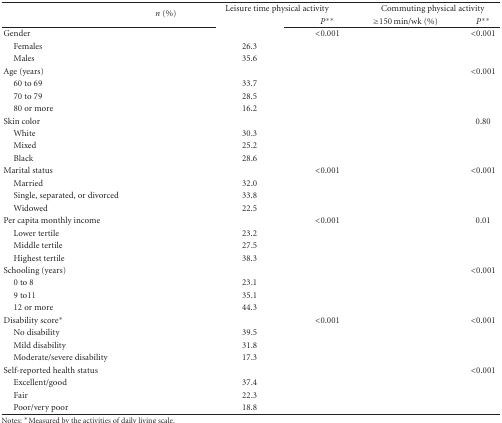
<table><thead><tr><td rowspan="2">[EMPTY_CELL]</td><td rowspan="2"><b><i>n</i> (%)</b></td><td colspan="2"><b>Leisure time physical activity</b></td><td colspan="2"><b>Commuting physical activity</b></td></tr><tr><td>[EMPTY_CELL]</td><td><b><i>P</i>**</b></td><td><b>≥150 min/wk (%)</b></td><td><b><i>P</i>**</b></td></tr></thead><tbody><tr><td>Gender</td><td>[EMPTY_CELL]</td><td>[EMPTY_CELL]</td><td>&lt;0.001</td><td>[EMPTY_CELL]</td><td>&lt;0.001</td></tr><tr><td> Females</td><td>[EMPTY_CELL]</td><td>26.3</td><td>[EMPTY_CELL]</td><td>[EMPTY_CELL]</td><td>[EMPTY_CELL]</td></tr><tr><td> Males</td><td>[EMPTY_CELL]</td><td>35.6</td><td>[EMPTY_CELL]</td><td>[EMPTY_CELL]</td><td>[EMPTY_CELL]</td></tr><tr><td>Age (years)</td><td>[EMPTY_CELL]</td><td>[EMPTY_CELL]</td><td>[EMPTY_CELL]</td><td>[EMPTY_CELL]</td><td>&lt;0.001</td></tr><tr><td> 60 to 69</td><td>[EMPTY_CELL]</td><td>33.7</td><td>[EMPTY_CELL]</td><td>[EMPTY_CELL]</td><td>[EMPTY_CELL]</td></tr><tr><td> 70 to 79</td><td>[EMPTY_CELL]</td><td>28.5</td><td>[EMPTY_CELL]</td><td>[EMPTY_CELL]</td><td>[EMPTY_CELL]</td></tr><tr><td> 80 or more</td><td>[EMPTY_CELL]</td><td>16.2</td><td>[EMPTY_CELL]</td><td>[EMPTY_CELL]</td><td>[EMPTY_CELL]</td></tr><tr><td>Skin color</td><td>[EMPTY_CELL]</td><td>[EMPTY_CELL]</td><td>[EMPTY_CELL]</td><td>[EMPTY_CELL]</td><td>0.80</td></tr><tr><td> White</td><td>[EMPTY_CELL]</td><td>30.3</td><td>[EMPTY_CELL]</td><td>[EMPTY_CELL]</td><td>[EMPTY_CELL]</td></tr><tr><td> Mixed</td><td>[EMPTY_CELL]</td><td>25.2</td><td>[EMPTY_CELL]</td><td>[EMPTY_CELL]</td><td>[EMPTY_CELL]</td></tr><tr><td> Black</td><td>[EMPTY_CELL]</td><td>28.6</td><td>[EMPTY_CELL]</td><td>[EMPTY_CELL]</td><td>[EMPTY_CELL]</td></tr><tr><td>Marital status</td><td>[EMPTY_CELL]</td><td>[EMPTY_CELL]</td><td>&lt;0.001</td><td>[EMPTY_CELL]</td><td>&lt;0.001</td></tr><tr><td> Married</td><td>[EMPTY_CELL]</td><td>32.0</td><td>[EMPTY_CELL]</td><td>[EMPTY_CELL]</td><td>[EMPTY_CELL]</td></tr><tr><td> Single, separated, or divorced</td><td>[EMPTY_CELL]</td><td>33.8</td><td>[EMPTY_CELL]</td><td>[EMPTY_CELL]</td><td>[EMPTY_CELL]</td></tr><tr><td> Widowed</td><td>[EMPTY_CELL]</td><td>22.5</td><td>[EMPTY_CELL]</td><td>[EMPTY_CELL]</td><td>[EMPTY_CELL]</td></tr><tr><td>Per capita monthly income</td><td>[EMPTY_CELL]</td><td>[EMPTY_CELL]</td><td>&lt;0.001</td><td>[EMPTY_CELL]</td><td>0.01</td></tr><tr><td> Lower tertile</td><td>[EMPTY_CELL]</td><td>23.2</td><td>[EMPTY_CELL]</td><td>[EMPTY_CELL]</td><td>[EMPTY_CELL]</td></tr><tr><td> Middle tertile</td><td>[EMPTY_CELL]</td><td>27.5</td><td>[EMPTY_CELL]</td><td>[EMPTY_CELL]</td><td>[EMPTY_CELL]</td></tr><tr><td> Highest tertile</td><td>[EMPTY_CELL]</td><td>38.3</td><td>[EMPTY_CELL]</td><td>[EMPTY_CELL]</td><td>[EMPTY_CELL]</td></tr><tr><td>Schooling (years)</td><td>[EMPTY_CELL]</td><td>[EMPTY_CELL]</td><td>[EMPTY_CELL]</td><td>[EMPTY_CELL]</td><td>&lt;0.001</td></tr><tr><td> 0 to 8</td><td>[EMPTY_CELL]</td><td>23.1</td><td>[EMPTY_CELL]</td><td>[EMPTY_CELL]</td><td>[EMPTY_CELL]</td></tr><tr><td> 9 to11</td><td>[EMPTY_CELL]</td><td>35.1</td><td>[EMPTY_CELL]</td><td>[EMPTY_CELL]</td><td>[EMPTY_CELL]</td></tr><tr><td>12 or more</td><td>[EMPTY_CELL]</td><td>44.3</td><td>[EMPTY_CELL]</td><td>[EMPTY_CELL]</td><td>[EMPTY_CELL]</td></tr><tr><td>Disability score*</td><td>[EMPTY_CELL]</td><td>[EMPTY_CELL]</td><td>&lt;0.001</td><td>[EMPTY_CELL]</td><td>&lt;0.001</td></tr><tr><td> No disability</td><td>[EMPTY_CELL]</td><td>39.5</td><td>[EMPTY_CELL]</td><td>[EMPTY_CELL]</td><td>[EMPTY_CELL]</td></tr><tr><td> Mild disability</td><td>[EMPTY_CELL]</td><td>31.8</td><td>[EMPTY_CELL]</td><td>[EMPTY_CELL]</td><td>[EMPTY_CELL]</td></tr><tr><td> Moderate/severe disability</td><td>[EMPTY_CELL]</td><td>17.3</td><td>[EMPTY_CELL]</td><td>[EMPTY_CELL]</td><td>[EMPTY_CELL]</td></tr><tr><td>Self-reported health status</td><td>[EMPTY_CELL]</td><td>[EMPTY_CELL]</td><td>[EMPTY_CELL]</td><td>[EMPTY_CELL]</td><td>&lt;0.001</td></tr><tr><td> Excellent/good</td><td>[EMPTY_CELL]</td><td>37.4</td><td>[EMPTY_CELL]</td><td>[EMPTY_CELL]</td><td>[EMPTY_CELL]</td></tr><tr><td> Fair</td><td>[EMPTY_CELL]</td><td>22.3</td><td>[EMPTY_CELL]</td><td>[EMPTY_CELL]</td><td>[EMPTY_CELL]</td></tr><tr><td> Poor/very poor</td><td>[EMPTY_CELL]</td><td>18.8</td><td>[EMPTY_CELL]</td><td>[EMPTY_CELL]</td><td>[EMPTY_CELL]</td></tr></tbody></table>